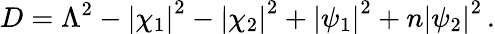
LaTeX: D=\Lambda^{2}-\left|\chi_{1}\right|^{2}-\left|\chi_{2}\right|^{2}+\left|\psi_{1}\right|^{2}+n\left|\psi_{2}\right|^{2}\, .